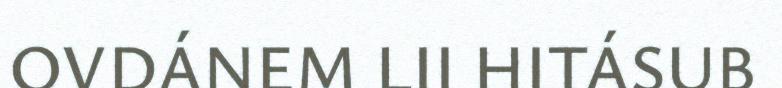
OVDÁNEM LII HITÁSUB